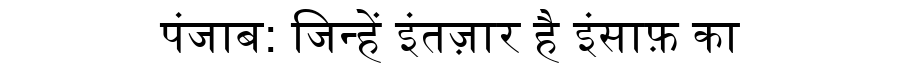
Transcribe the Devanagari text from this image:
पंजाब: जिन्हें इंतज़ार है इंसाफ़ का